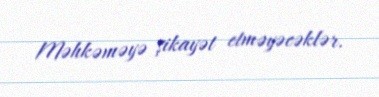
Məhkəməyə şikayət etməyəcəklər.